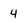
Character: 4